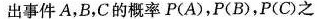
出事件A，B，C的概率P(A)，P(B)，P(C)之